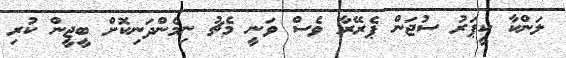
ލަންކާ ކީޕަރު ސުޖަން ޕެރޭރާ ވެސް ވަނީ މެޗު ނިމެންދަނިކޮށް ބީޖީން ކުރި